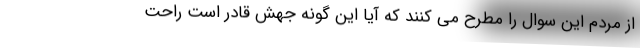
از مردم این سوال را مطرح می کنند که آیا این گونه جهش قادر است راحت